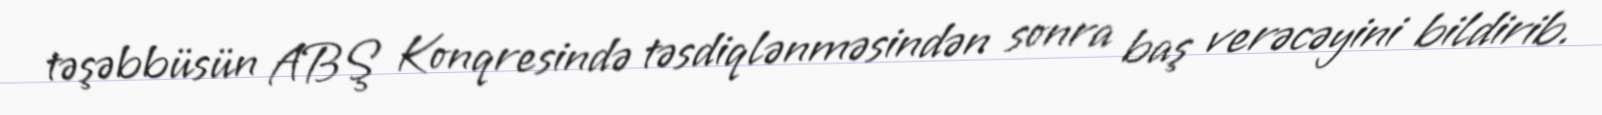
təşəbbüsün ABŞ Konqresində təsdiqlənməsindən sonra baş verəcəyini bildirib.